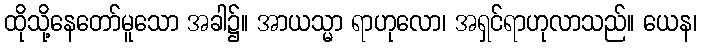
ထိုသို့နေတော်မူသော အခါ၌။ အာယသ္မာ ရာဟုလော၊ အရှင်ရာဟုလာသည်။ ယေန၊